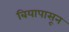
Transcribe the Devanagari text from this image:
बियापासून